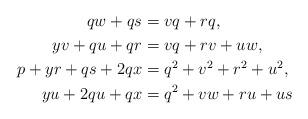
LaTeX: \begin{align*}qw + qs &= vq + rq,\\yv + qu + qr &= vq + rv + uw,\\p + yr + qs + 2qx &= q^2 + v^2 + r^2 + u^2,\\yu + 2qu + qx &= q^2 + vw + ru + us \end{align*}